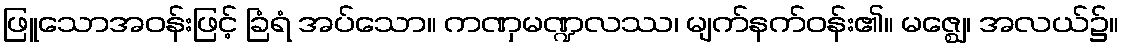
ဖြူသောအဝန်းဖြင့် ခြံရံ အပ်သော။ ကဏှမဏ္ဍလဿ၊ မျက်နက်ဝန်း၏။ မဇ္ဈေ၊ အလယ်၌။